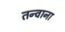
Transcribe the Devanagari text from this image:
तन्वाना